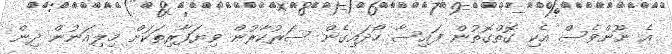
އެ ނޫންވެސް އެކި ގޮތްގޮތުން ފައިސާ ހޯދައިގެން ސަރުކާރުން ވިޔަފާރިތަކަށް މިލިއަނުން ދިން